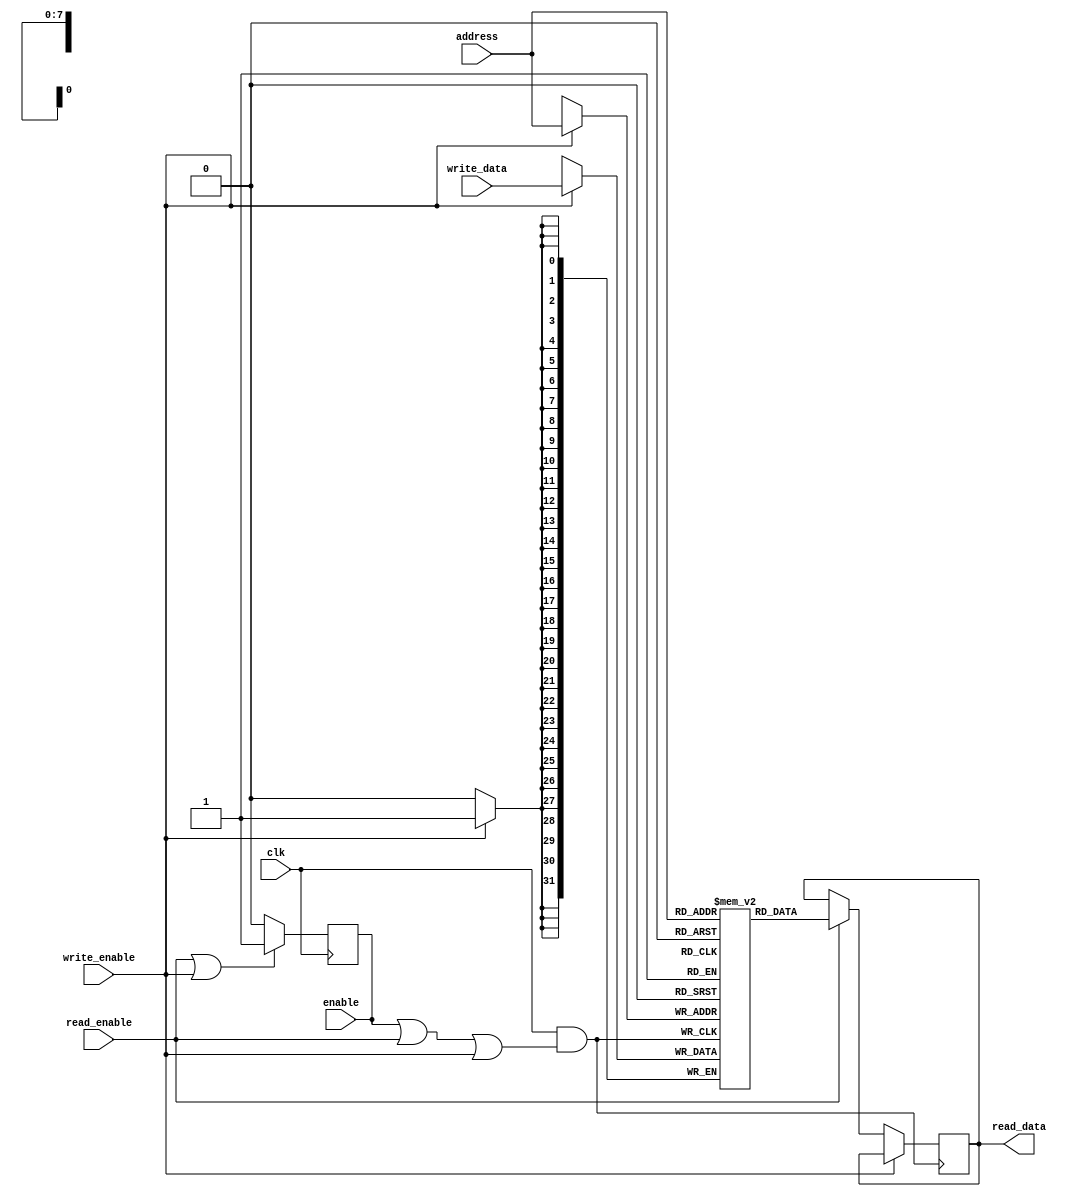
module ConditionalClockGating (
    input wire clk,               // Master clock
    input wire enable,            // Control signal to enable clock gating
    input wire read_enable,       // Control signal for read operation
    input wire write_enable,      // Control signal for write operation
    input wire [7:0] address,     // Address input for memory
    input wire [31:0] write_data, // Data input for write operation
    output reg [31:0] read_data   // Data output for read operation
);

    // Memory array declaration
    reg [31:0] memory_array [0:255]; // 256 x 32-bit memory

    // Gated clock signal
    wire gated_clk;
    
    // Clock gating logic
    assign gated_clk = clk & (enable | read_enable | write_enable);

    // Read/write operations with gated clock
    always @(posedge gated_clk) begin
        if (write_enable) begin
            memory_array[address] <= write_data; // Write operation
        end
        else if (read_enable) begin
            read_data <= memory_array[address];   // Read operation
        end
    end

    // Control logic to enable/disable memory block based on activity
    always @(posedge clk) begin
        // Here you can add logic to monitor activity and set enable accordingly
        // For simplicity, we set enable high when there's a read or write request
        if (read_enable || write_enable) begin
            enable <= 1'b1; // Enable clock gating
        end else begin
            enable <= 1'b0; // Disable clock gating
        end
    end

endmodule